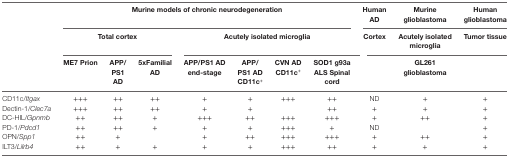
<table><thead><tr><td></td><td colspan="7"><b>Murine models of chronic neurodegeneration</b></td><td><b>Human AD</b></td><td><b>Murine glioblastoma</b></td><td><b>Human glioblastoma</b></td></tr><tr><td></td><td colspan="3"><b>Total cortex</b></td><td colspan="4"><b>Acutely isolated microglia</b></td><td><b>Cortex</b></td><td><b>Acutely isolated microglia</b></td><td><b>Tumor tissue</b></td></tr><tr><td></td><td><b>ME7 Prion</b></td><td><b>APP/PS1 AD</b></td><td><b>5xFamilial AD</b></td><td><b>APP/PS1 AD end-stage</b></td><td><b>APP/PS1 AD CD11c<sup>+</sup></b></td><td><b>CVN AD CD11c<sup>+</sup></b></td><td><b>SOD1 g93a ALS Spinal cord</b></td><td colspan="3"><b>GL261 glioblastoma</b></td></tr></thead><tbody><tr><td>CD11c/<i>Itgax</i></td><td>+++</td><td>++</td><td>++</td><td>+</td><td>+</td><td>+++</td><td>++</td><td>ND</td><td>+</td><td>+</td></tr><tr><td>Dectin-1/<i>Clec7a</i></td><td>+++</td><td>++</td><td>++</td><td>+</td><td>+</td><td></td><td>++</td><td>+</td><td>+</td><td>+</td></tr><tr><td>DC-HIL/<i>Gpnmb</i></td><td>++</td><td>++</td><td>+</td><td>+++</td><td>++</td><td>+++</td><td>+++</td><td>+</td><td>++</td><td>+</td></tr><tr><td>PD-1/<i>Pdcd1</i></td><td>++</td><td>++</td><td>+</td><td>+</td><td>+</td><td>+++</td><td>+</td><td>ND</td><td></td><td>+</td></tr><tr><td>OPN/<i>Spp1</i></td><td>++</td><td>+</td><td></td><td>+</td><td>++</td><td>+++</td><td>+++</td><td>+</td><td>++</td><td>+</td></tr><tr><td>ILT3/<i>Lilrb4</i></td><td>++</td><td>+</td><td>+</td><td>+</td><td>+</td><td>+++</td><td>++</td><td>+</td><td>+</td><td>+</td></tr></tbody></table>